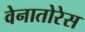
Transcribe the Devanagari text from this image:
वेनातोरेस